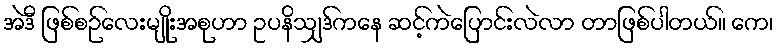
အဲဒီ ဖြစ်စဉ်လေးမျိုးအစုဟာ ဥပနိသျှဒ်ကနေ ဆင့်ကဲပြောင်းလဲလာ တာဖြစ်ပါတယ်။ ကေ၊